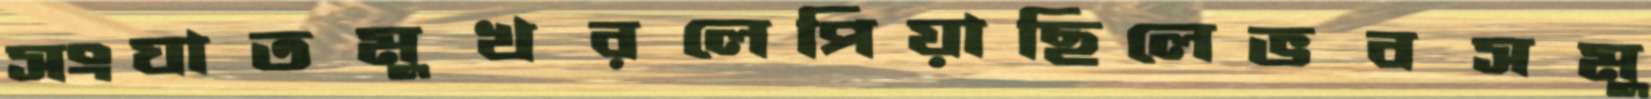
সংঘাতমুখরলেপিয়াছিলেভবসমু